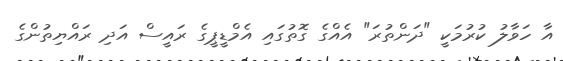
އާ ހަވާލު ކުރުމަކީ "ދަންތުރަ" އެއްގެ ގޮތުގައި އެމްޑީޕީގެ ރަައީސް އަދި ރައްޔިތުންގެ